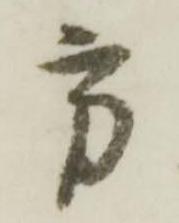
方